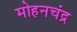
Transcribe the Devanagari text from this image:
मोहनचंद्र